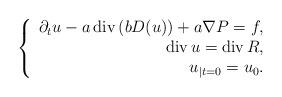
LaTeX: \begin{align*}\left\{\begin{array}[c]{r}\partial_{t}u-a\operatorname{div}\left( bD(u)\right) +a\nabla P=f,\\\operatorname{div}u=\operatorname{div}R,\\u_{|t=0}=u_{0}.\end{array}\right. \end{align*}